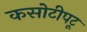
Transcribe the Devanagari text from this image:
कसोटीपटू